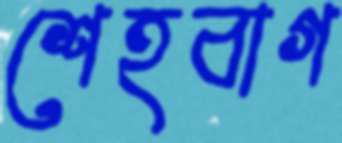
শেহবাগ